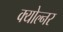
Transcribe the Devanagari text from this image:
क्योल्नर